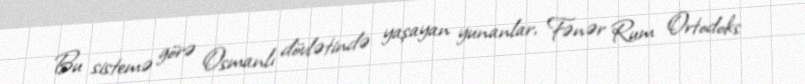
Bu sistemə görə Osmanlı dövlətində yaşayan yunanlar, Fənər Rum Ortodoks